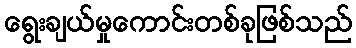
ရွေးချယ်မှုကောင်းတစ်ခုဖြစ်သည်